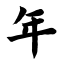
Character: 年